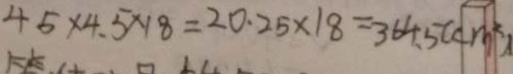
4 5 \times 4 . 5 \times 1 8 = 2 0 . 2 5 \times 1 8 = 3 6 4 . 5 ( c m ^ { 2 } )